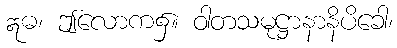
ဣဓ၊ ဤလောက၌။ ဝါတသမုဋ္ဌာနာနိပိခေါ၊